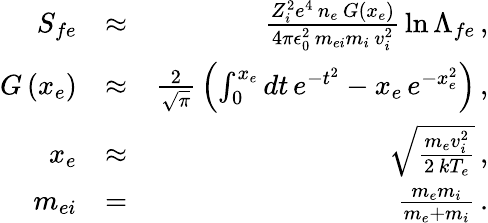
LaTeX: \begin{array}{rlr}{S_{fe}}&{\approx}&{\frac{Z_{i}^{2}e^{4}\, n_{e}\, G\left(x_{e}\right)}{4\pi\epsilon_{0}^{2}\, m_{ei}m_{i}\, v_{i}^{2}}\, \ln\Lambda_{fe}\, ,}\\ {G\left(x_{e}\right)}&{\approx}&{\frac{2}{\sqrt{\pi}}\, \left(\int_{0}^{x_{e}}dt\, e^{-t^{2}}-x_{e}\, e^{-x_{e}^{2}}\right)\, ,}\\ {x_{e}}&{\approx}&{\sqrt{\frac{m_{e}v_{i}^{2}}{2\, kT_{e}}}\, ,}\\ {m_{ei}}&{=}&{\frac{m_{e}m_{i}}{m_{e}+m_{i}}\, .}\end{array}